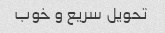
تحویل سریع و خوب